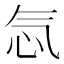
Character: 忥